Account of plague administration in the Bombay Presidency from September 1896 till May 1897
Year: 1896
Disease focus: Plague
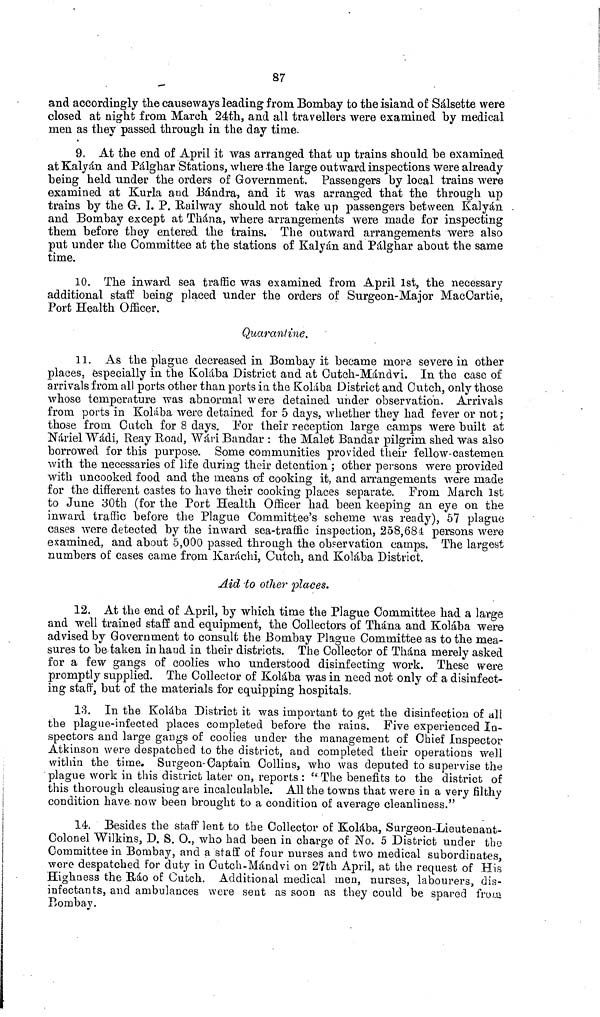
87
and accordingly the causeways leading from Bombay to the island of Sálsette were
closed at night from March 24th, and all travellers were examined by medical
men as they passed through in the day time.
9. At the end of April it was arranged that up trains should be examined
at Kalyán and Pálghar Stations, where the large outward inspections were already
being held under the orders of Government. Passengers by local trains were
examined at Kurla and Bándra, and it was arranged that the through up
trains by the G. I. P. Railway should not take up passengers between Kalyán
and Bombay except at Thána, where arrangements were made for inspecting
them before they entered the trains. The outward arrangements were also
put under the Committee at the stations of Kalyán and Pálghar about the same
time.
10. The inward sea traffic was examined from April 1st, the necessary
additional staff being placed under the orders of Surgeon-Major MacCartie,
Port Health Officer.
Quarantine.
11. As the plague decreased in Bombay it became more severe in other
places, especially in the Kolába District and at Cutch-Mándvi. In the case of
arrivals from all ports other than ports in the Kolába District and Cutch, only those
whose temperature was abnormal were detained under observation. Arrivals
from ports in Kolába were detained for 5 days, whether they had fever or not ;
those from Cutch for 8 days. For their reception large camps were built at
Náriel Wádi, Reay Road, Wári Bandar : the Malet Bandar pilgrim shed was also
borrowed for this purpose. Some communities provided their fellow-castemen
with the necessaries of life during their detention ; other persons were provided
with uncooked food and the means oí cooking it, and arrangements were made
for the different castes to have their cooking places separate. From March 1st
to June 30th (for the Port Health Officer had been keeping an eye on the
inward traffic before the Plague Committee's scheme was ready), 57 plague
cases were detected by the inward sea-traffic inspection, 258,684 persons were
examined, and about 5,000 passed through the observation camps. The largest
numbers of cases came from Karachi, Cutch, and Kolába District.
Aid to other places.
12. At the end of April, by which time the Plague Committee had a large
and well trained staff and equipment, the Collectors of Thána and Kolába were
advised by Government to consult the Bombay Plague Committee as to the mea-
sures to be taken in hand in their districts. The Collector of Thána merely asked
for a few gangs of coolies who understood disinfecting work. These were
promptly supplied. The Collector of Kolába was in need not only of a disinfect-
ing staff, but of the materials for equipping hospitals.
13. In the Kolába District it was important to get the disinfection of all
the plague-infected places completed before the rains. Five experienced In-
spectors and large gangs of coolies under the management of Chief Inspector
Atkinson were despatched to the district, and completed their operations well
within the time. Surgeon-Captain Collins, who was deputed to supervise the
plague work in this district later on, reports : "The benefits to the district of
this thorough cleansing are incalculable. All the towns that were in a very filthy
condition have now been brought to a condition of average cleanliness."
14. Besides the staff lent to the Collector of Kolába, Surgeon-Lieutenant-
Colonel Wilkins, D. S. O., who had been in charge of No. 5 District under the
Committee in Bombay, and a staff of four nurses and two medical subordinates,
were despatched for duty in Cutch-Mándvi on 27th April, at the request of His
Highness the Ráo of Cutch. Additional medical men, nurses, labourers, dis-
infectants, and ambulances were sent as soon as they could be spared from
Bombay.